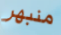
منبهر